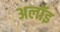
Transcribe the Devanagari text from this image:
अलॉइ